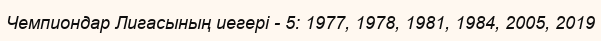
Чемпиондар Лигасының иегері - 5: 1977, 1978, 1981, 1984, 2005, 2019